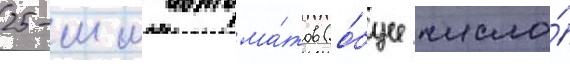
25-мм автома́тов (о́бщее число́